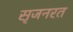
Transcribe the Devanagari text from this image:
सृजनरत